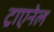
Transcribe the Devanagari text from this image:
ट्राएनेल